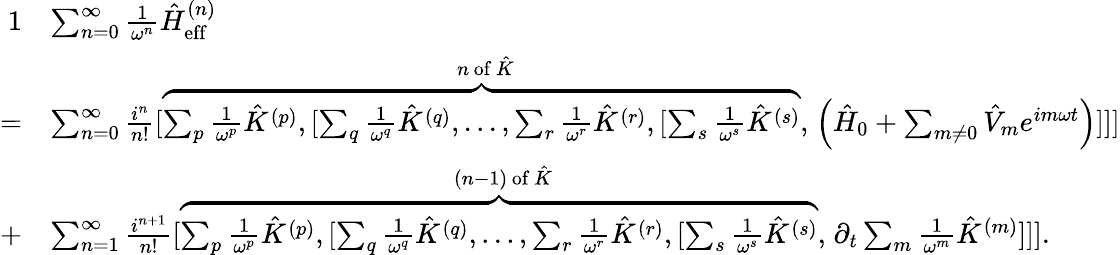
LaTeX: \begin{array}{rl}{{1}}&{\sum_{n=0}^{\infty}\frac{1}{\omega^{n}}\hat{H}_{\mathrm{eff}}^{(n)}}\\ {=}&{\sum_{n=0}^{\infty}\frac{i^{n}}{n!}[\stackrel{n\, \mathrm{of}\, \hat{K}}{\overbrace{\sum_{p}\frac{1}{\omega^{p}}\hat{K}^{(p)},[\sum_{q}\frac{1}{\omega^{q}}\hat{K}^{(q)},...,\sum_{r}\frac{1}{\omega^{r}}\hat{K}^{(r)},[\sum_{s}\frac{1}{\omega^{s}}\hat{K}^{(s)}},}\left(\hat{H}_{0}+\sum_{m\neq 0}\hat{V}_{m}e^{im\omega t}\right)]]]}\\ {+}&{\sum_{n=1}^{\infty}\frac{i^{n+1}}{n!}[\stackrel{(n-1)\, \mathrm{of}\, \hat{K}}{\overbrace{\sum_{p}\frac{1}{\omega^{p}}\hat{K}^{(p)},[\sum_{q}\frac{1}{\omega^{q}}\hat{K}^{(q)},...,\sum_{r}\frac{1}{\omega^{r}}\hat{K}^{(r)},[\sum_{s}\frac{1}{\omega^{s}}\hat{K}^{(s)}},}\partial_{t}\sum_{m}\frac{1}{\omega^{m}}\hat{K}^{(m)}]]].}\end{array}